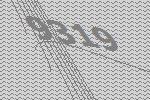
9319